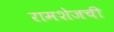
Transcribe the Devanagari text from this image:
रामशेजची